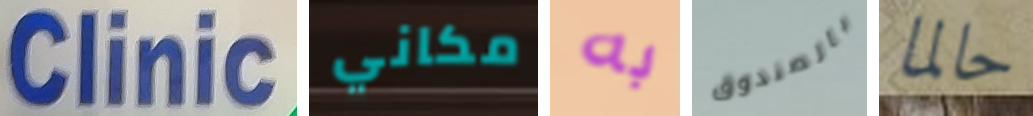
Clinic مكاني به بالصندوق حالما